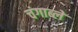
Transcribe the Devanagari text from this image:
चंगाब्ले